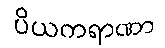
ပိယကရာဏာ